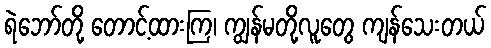
ရဲဘော်တို့ တောင့်ထားကြ၊ ကျွန်မတို့လူတွေ ကျန်သေးတယ်